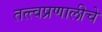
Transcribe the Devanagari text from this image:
तत्त्वप्रणालीचे